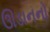
ઊડાનનો